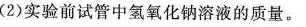
(2)实验前试管中氢氧化钠溶液的质量。